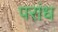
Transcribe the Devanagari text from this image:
परांध